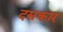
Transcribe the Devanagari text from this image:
दसकार